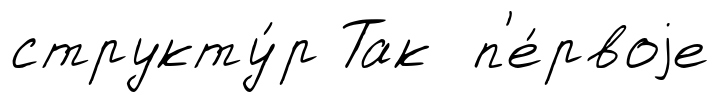
структу́р Так п'е́рвоjе